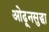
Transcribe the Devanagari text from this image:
ओढूनसुद्धा